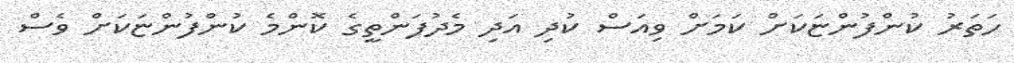
ހަތަރު ކުންފުންޏަކަށް ކަމަށް ވިއަސް ކުދި އަދި މެދުފަންތީގެ ކޮންމެ ކުންފުންޏަކަށް ވެސް